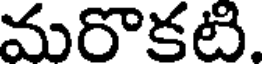
మరొకటి.